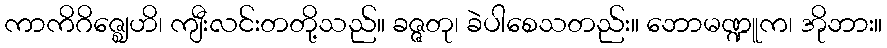
ကာကိဂိဇ္ဈေဟိ၊ ကျီးလင်းတတို့သည်။ ခဇ္ဇတု၊ ခဲပါစေသတည်း။ ဘောမဏ္ဍူက၊ အိုဘား။